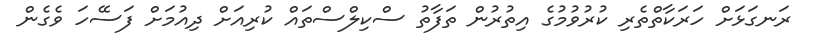
ރަނގަޅަށް ހަރަކާތްތެރި ކުރުވުމުގެ އިތުރުން ތަފާތު ސްކިލްސްތައް ކުރިއަށް ދިއުމަށް ފަސޭހަ ވެގެން